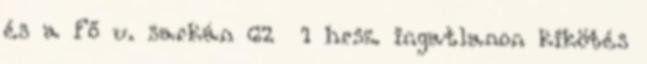
és a Fő u. sarkán 62 1 hrsz. ingatlanon kikötés